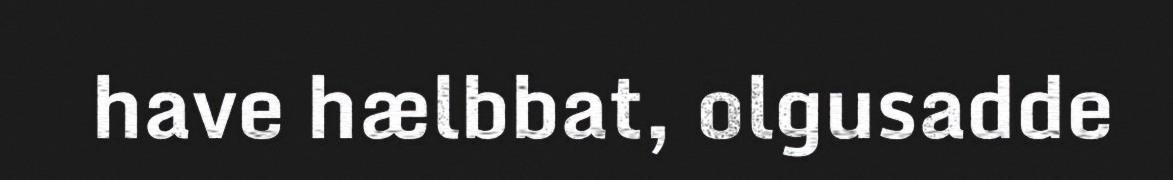
have hælbbat, olgusadde